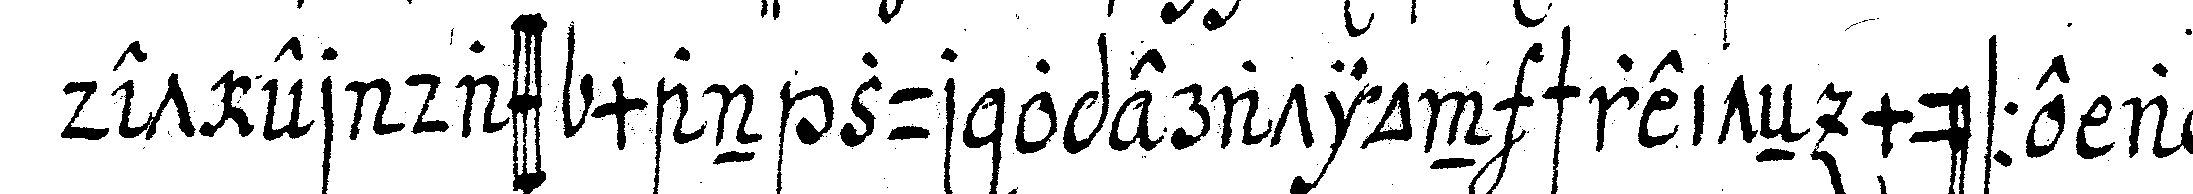
det er dass man zur operation schreiteN müsse als